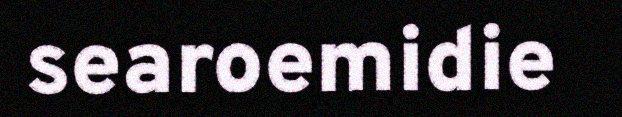
searoemidie